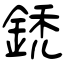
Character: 鋵